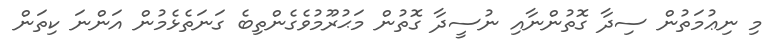
މި ނިޢުމަތުން ސިދާ ގޮތުންނާއި ނުސީދާ ގޮތުން މަޙުރޫމުވެގެންތިބެ ގަނަތެޅެމުން އަންނަ ކިތަން